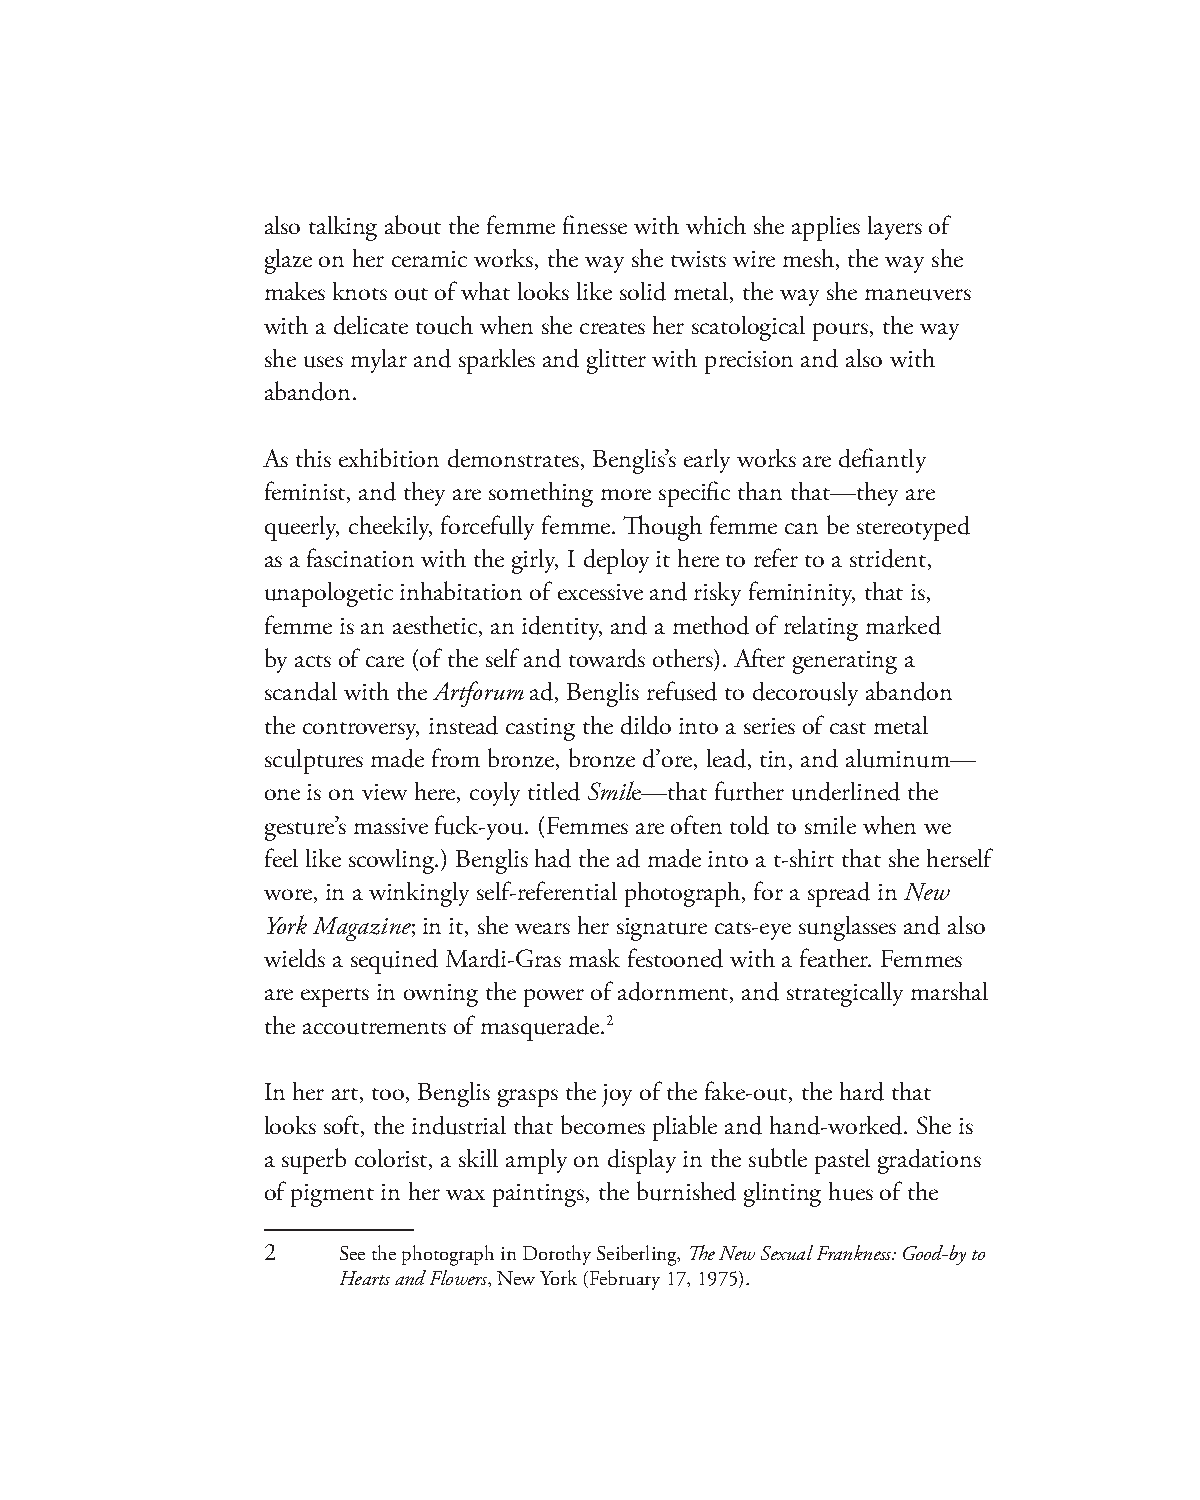
also talking about the femme finesse with which she applies layers of
 glaze on her ceramic works, the way she twists wire mesh, the way she
 makes knots out of what looks like solid metal, the way she maneuvers
 with a delicate touch when she creates her scatological pours, the way
 she uses mylar and sparkles and glitter with precision and also with
 abandon.
 As this exhibition demonstrates, Benglis’s early works are defiantly
 feminist, and they are something more specific than that—they are
 queerly, cheekily, forcefully femme. Though femme can be stereotyped
 as a fascination with the girly, I deploy it here to refer to a strident,
 unapologetic inhabitation of excessive and risky femininity, that is,
 femme is an aesthetic, an identity, and a method of relating marked
 by acts of care (of the self and towards others). After generating a
 scandal with the Artforum ad, Benglis refused to decorously abandon
 the controversy, instead casting the dildo into a series of cast metal
 sculptures made from bronze, bronze d’ore, lead, tin, and aluminum—
 one is on view here, coyly titled Smile—that further underlined the
 gesture’s massive fuck-you. (Femmes are often told to smile when we
 feel like scowling.) Benglis had the ad made into a t-shirt that she herself
 wore, in a winkingly self-referential photograph, for a spread in New
 York Magazine; in it, she wears her signature cats-eye sunglasses and also
 wields a sequined Mardi-Gras mask festooned with a feather. Femmes
 are experts in owning the power of adornment, and strategically marshal
 the accoutrements of masquerade.2
 In her art, too, Benglis grasps the joy of the fake-out, the hard that
 looks soft, the industrial that becomes pliable and hand-worked. She is
 a superb colorist, a skill amply on display in the subtle pastel gradations
 of pigment in her wax paintings, the burnished glinting hues of the
 2    See the photograph in Dorothy Seiberling, The New Sexual Frankness: Good-by to
 Hearts and Flowers, New York (February 17, 1975).